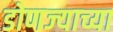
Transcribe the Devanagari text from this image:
डोणज्याच्या